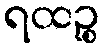
ရထဉ္စ